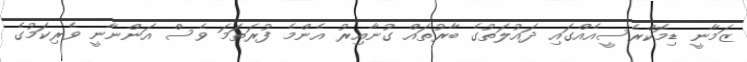
ޒަމާނީ ޑިމޮކްރެސީއެއްގައި ދައުލަތުގެ ބާރުތައް ގުނާއިރު އެންމެ ފުރަތަމަ ވެސް އަންނާނީ ވެރިކަމުގެ